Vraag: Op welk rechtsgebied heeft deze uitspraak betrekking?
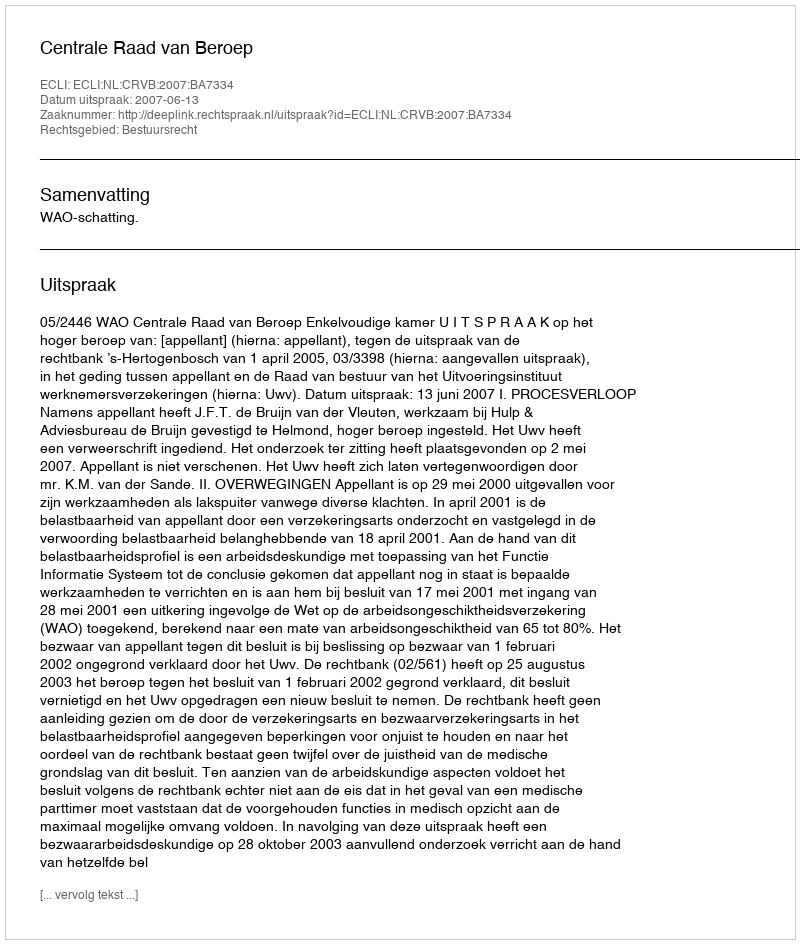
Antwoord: Bestuursrecht